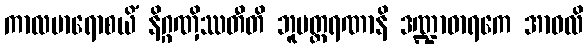
ကာလမာရောစယိံ နိဂ္ဂဏှိဿတီတိ ဘူမတ္ထရဏာနိ ဒဏ္ဍာဓာရကေ အာဝလိ